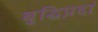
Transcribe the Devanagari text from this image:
बुद्धिप्रदां